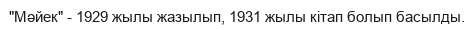
"Мәйек" - 1929 жылы жазылып, 1931 жылы кітап болып басылды.